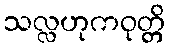
သလ္လဟုကဝုတ္တိ